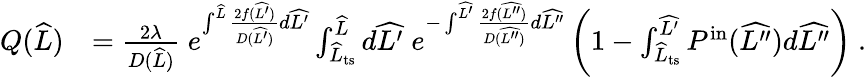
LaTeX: \begin{array}{rl}{Q(\widehat{L})}&{=\frac{2\lambda}{D(\widehat{L})}\; e^{\int^{\widehat{L}}\frac{2f(\widehat{L^{\prime}})}{D(\widehat{L^{\prime}})}d\widehat{L^{\prime}}}\int_{\widehat{L}_{\mathrm{ts}}}^{\widehat{L}}d\widehat{L^{\prime}}\; e^{-\int^{\widehat{L^{\prime}}}\frac{2f(\widehat{L^{\prime\prime}})}{D(\widehat{L^{\prime\prime}})}d\widehat{L^{\prime\prime}}}\left(1-\int_{\widehat{L}_{\mathrm{ts}}}^{\widehat{L^{\prime}}}P^{\mathrm{in}}(\widehat{L^{\prime\prime}})d\widehat{L^{\prime\prime}}\right)\ .}\end{array}